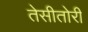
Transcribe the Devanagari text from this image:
तेसीतोरी